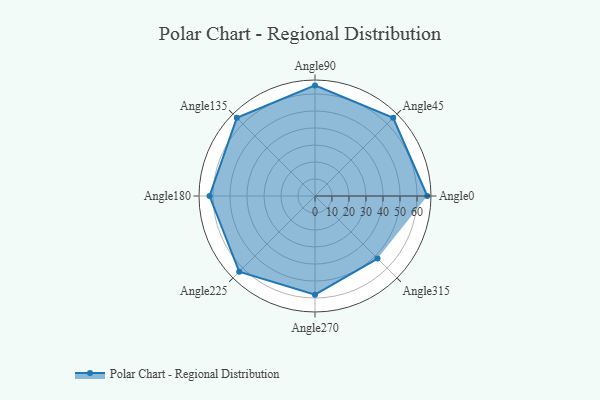
{"axis": {"x": "Angle", "y": "Radius"}, "legend": [""], "data": [{"x": "Angle0", "y": 66.0, "type": ""}, {"x": "Angle45", "y": 65.0, "type": ""}, {"x": "Angle90", "y": 65.0, "type": ""}, {"x": "Angle135", "y": 65.0, "type": ""}, {"x": "Angle180", "y": 62.0, "type": ""}, {"x": "Angle225", "y": 63.0, "type": ""}, {"x": "Angle270", "y": 58.0, "type": ""}, {"x": "Angle315", "y": 52.0, "type": ""}]}